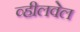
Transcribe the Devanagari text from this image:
व्हीलवेल